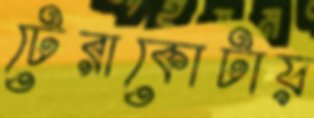
টেরাকোটায়